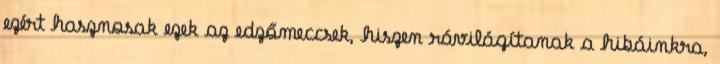
ezért hasznosak ezek az edzőmeccsek, hiszen rávilágítanak a hibáinkra,